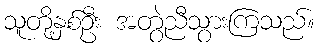
သူတို့နှစ်ဦး အတွဲညီသွားကြသည်။